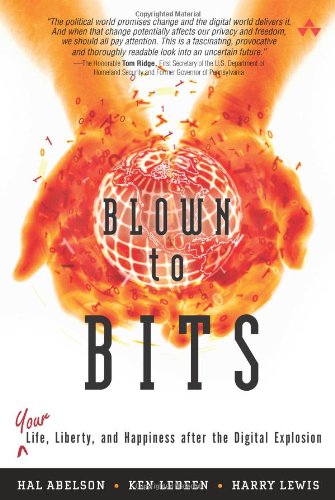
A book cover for Blown to Bits: Your Life, Liberty, and Happiness After the Digital Explosion; Hal Abelson; Computers & Technology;